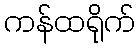
ကန်ထရိုက်